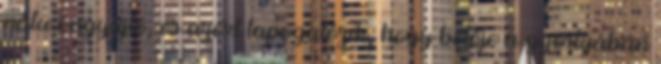
nála öngyújtó, és azért tapogatózik, hogy belője a gyertyában